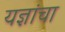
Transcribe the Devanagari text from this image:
यज्ञांचा